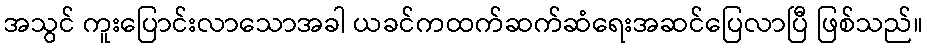
အသွင် ကူးပြောင်းလာသောအခါ ယခင်ကထက်ဆက်ဆံရေးအဆင်ပြေလာပြီ ဖြစ်သည်။